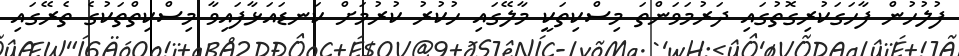
ފުލުހުން ފާހަގަކުރިގޮތުގައި ދަރުމަވަންތަ މިސްކިތަކީ މާލޭގައި ހުކުރު ކުރުމަށް ކަނޑައަޅާފައިވާ މިސްކިތްތަކުގެ ތެރޭގައި